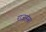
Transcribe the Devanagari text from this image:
राजहंस।